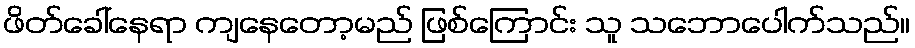
ဖိတ်ခေါ်နေရာ ကျနေတော့မည် ဖြစ်ကြောင်း သူ သဘောပေါက်သည်။